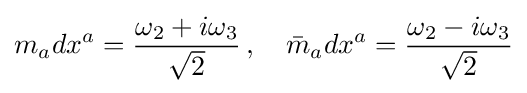
m_{a}dx^{a}={\frac {\omega _{2}+i\omega _{3}}{\sqrt {2}}}\,,\quad {\bar {m}}_{a}dx^{a}={\frac {\omega _{2}-i\omega _{3}}{\sqrt {2}}}